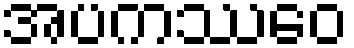
အပကဿေဝ